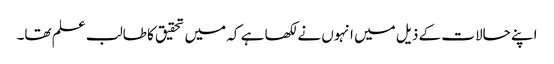
اپنے حالات کے ذیل میں انہوں نے لکھا ہے کہ میں تحقیق کا طالب علم تھا۔